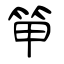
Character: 笚